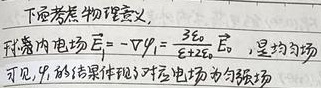
下面考虑物理意义, 球壳内电场$\vec{E}=-\nabla\varphi_1 =-\frac{3\varepsilon_0}{2}\vec{E}_0$，是均匀场。可见, $\varphi_1$的结果体现了对应电场为匀强场。